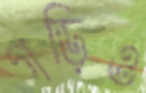
গড়িও